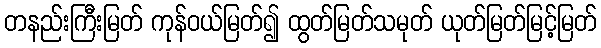
တနည်းကြီးမြတ် ကုန်ဝယ်မြတ်၍ ထွတ်မြတ်သမုတ် ယုတ်မြတ်မြင့်မြတ်